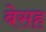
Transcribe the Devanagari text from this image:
बेसह